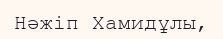
Нәжіп Хамидұлы,